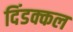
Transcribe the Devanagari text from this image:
दिंडक्कल